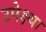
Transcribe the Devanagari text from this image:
उपेक्ष्या